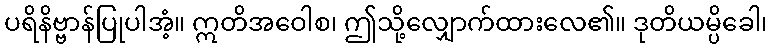
ပရိနိဗ္ဗာန်ပြုပါအံ့။ ဣတိအဝေါစ၊ ဤသို့လျှောက်ထားလေ၏။ ဒုတိယမ္ပိခေါ၊